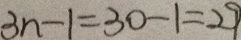
3 n - 1 = 3 0 - 1 = 2 9